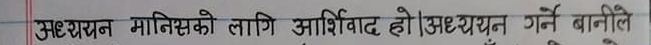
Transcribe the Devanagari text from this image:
अध्ययन मानिसको लागि आशिर्वाद हो। (अध्ययन गर्ने बानीले